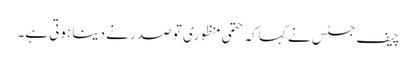
چیف جسٹس نے کہا کہ حتمی منظوری تو صدر نے دینا ہوتی ہے۔